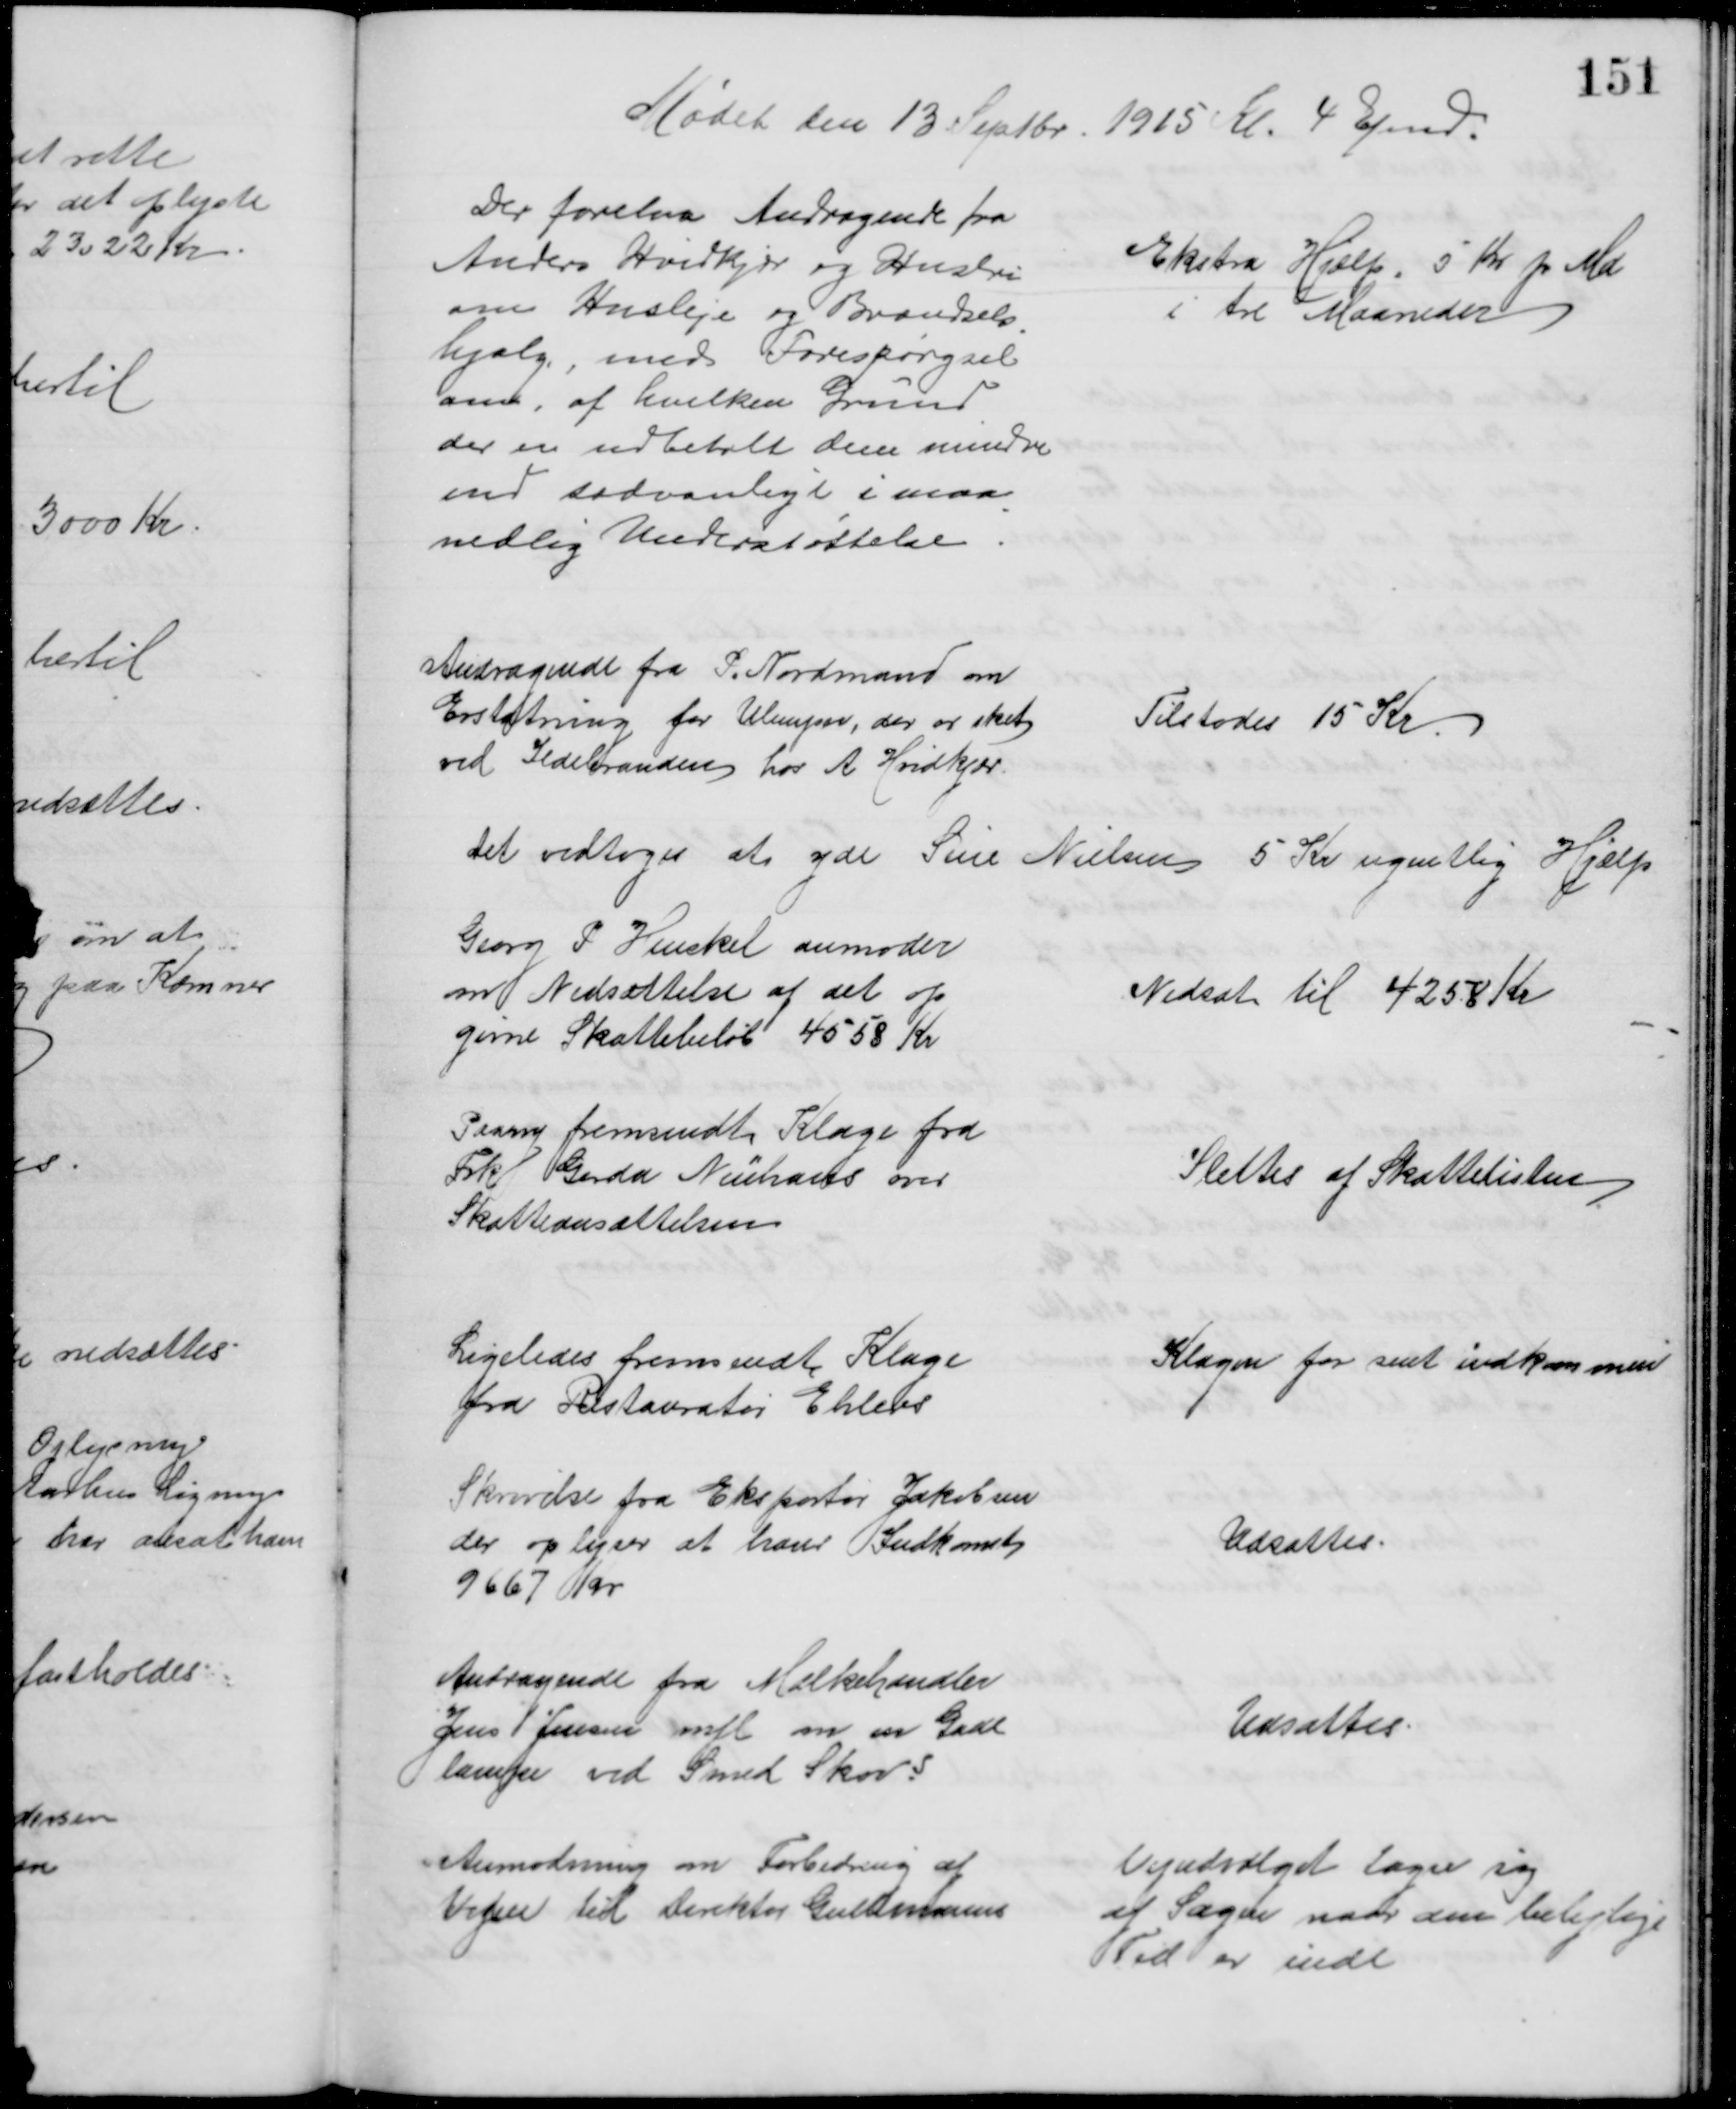
Transskription:
Mødet den 13 Septbr. 1915 Kl. 4 Efmd.
Der forelaa Andragende fra
Anders Hvidkjær og Hustru
om Husleje og Brændsels
=
hjælp, med Forespørgsel
om af hvilken Grund
der er udbetalt dem mindre
end sædvanligt i maa
nedlig Understøttelse
Ekstra Hjælp 5 Kr pr Md
i tre Maaneder
Andragende fra S. Nordmand om
Erstatning for Ulemper, der er sket
ved Ildebranden hos A. Hvidkjær.
Tilstodes 15 Kr
Det vedtoges at yde Sine Nielsen 5 Kr ugentlig Hjælp
Georg P Henckel anmoder
om Nedsættelse af det op
givne Skattebeløb 4558 Kr
Nedsat til 4258 Kr
Paany fremsendt Klage fra
Frk Gerda Neühaus over
Skatteansættelsen
Slettes af Skattelisten
Ligeledes fremsendt Klage
fra Restauratør Ehlers
Klagen for sent indkommen
Skrivelse fra Eksportør Jakobsen
der oplyser at have Indkomst
9667 Kr
Udsattes
Andragende fra Mælkehandler
Jens P Jensen mfl om en Gade
lampe ved Smed Skovs
Udsattes
Anmodning om Forbedring af
Vejen til Direktør Guldmanns
Vejudvalget tager sig
af Sagen naar den belejlige
Tid er inde